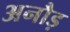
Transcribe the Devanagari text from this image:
अनौड़